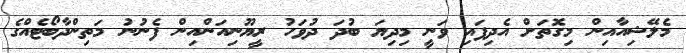
މެލޭޝިއާއިން މިގޮތަށް އެދިފައި ވަނީ މިދިޔަ ބުދަ ދުވަހު ރީޔޫނިއަންއިން ފެނުނު މަތިންދާބޯޓެއްގެ